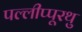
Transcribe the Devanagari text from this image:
पल्लीप्पूरथु